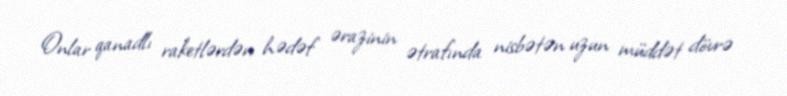
Onlar qanadlı raketlərdən hədəf ərazinin ətrafında nisbətən uzun müddət dövrə